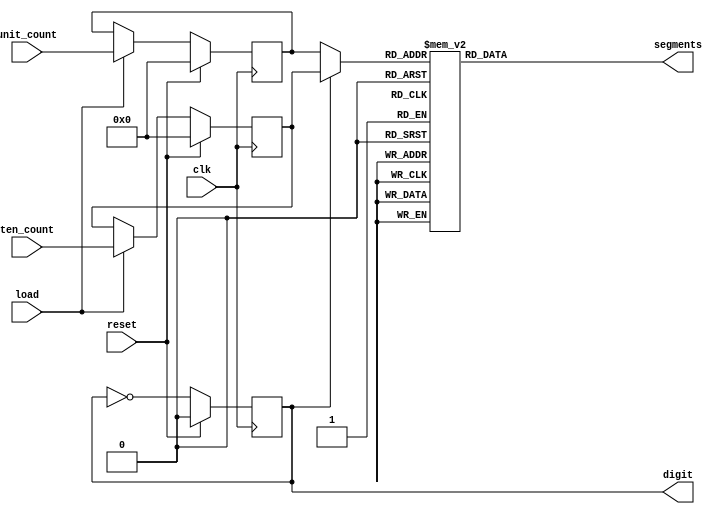
`default_nettype none
`timescale 1ns/1ns

module seven_segment (

    input wire 			clk,
    input wire  		reset,
    input wire  		load,
    input wire [3:0]    ten_count,
    input wire [3:0] 	unit_count,
    output reg [6:0] 	segments,
    output reg			digit    	// digit selector
);

    reg [3:0] ten_count_reg, unit_count_reg;
    wire [3:0] decode;

    always @(posedge clk) begin
		if(reset) begin
			ten_count_reg <= 0;
			unit_count_reg <= 0;
			digit <= 0;
		end else begin
			if(load) begin
				ten_count_reg  <= ten_count;
				unit_count_reg <= unit_count;
			end

			digit <= !digit; 

		end
    end 

    assign decode = digit ? ten_count_reg: unit_count_reg;

    // why is this indented?

   	always @(*) begin
            case(decode)
            //                7654321
            0:  segments = 7'b0111111;
            1:  segments = 7'b0000110;
            2:  segments = 7'b1011011;
            3:  segments = 7'b1001111;
            4:  segments = 7'b1100110;
            5:  segments = 7'b1101101;
            6:  segments = 7'b1111100;
            7:  segments = 7'b0000111;
            8:  segments = 7'b1111111;
            9:  segments = 7'b1100111;
            default:    
                segments = 7'b0000000;
            endcase
	end


endmodule